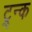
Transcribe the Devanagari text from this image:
ट्र्न्क